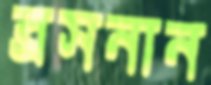
ব্রসনান